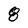
Character: 8